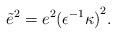
\begin{align*}{\tilde{e}}^2=e^2{({\epsilon}^{-1}\kappa)}^2.\end{align*}